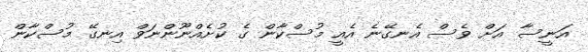
އަނީސާ އަށް ވެސް އެނގޭނެ އެއީ މުސްކާން ގެ ކުށެއްނޫންނަވް އިނގޭ މުސްކާން